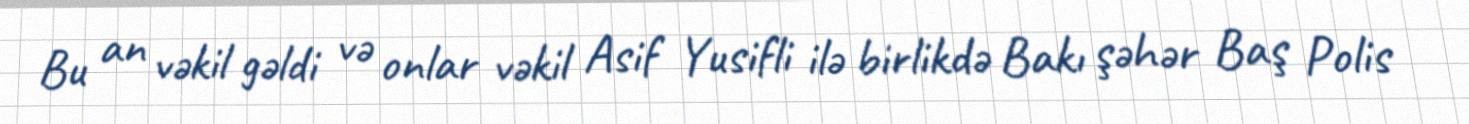
Bu an vəkil gəldi və onlar vəkil Asif Yusifli ilə birlikdə Bakı şəhər Baş Polis